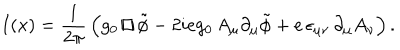
LaTeX: I ( x ) = \frac { 1 } { 2 \pi } \, \Bigl ( g _ { 0 } \, { \sqcap \! \! \! \! \sqcup } \, \tilde { \phi } - 2 i e g _ { 0 } \, A _ { \mu } \partial _ { \mu } \tilde { \phi } + e \, \epsilon _ { \mu \nu } \, \partial _ { \mu } A _ { \nu } \Bigr ) \, .